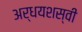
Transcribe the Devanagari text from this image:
अर्धयशस्वी